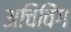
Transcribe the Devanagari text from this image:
अचिविंग